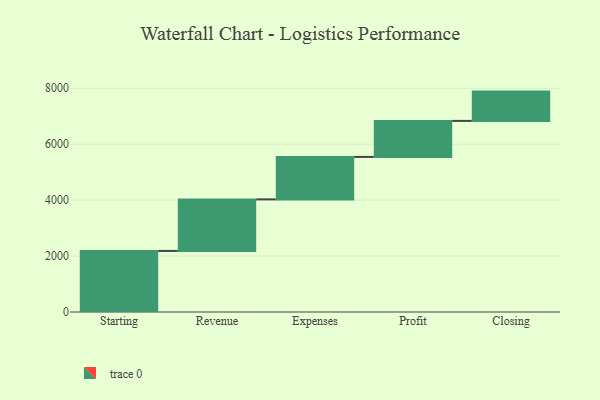
{"axis": {"x": "Step", "y": "Value"}, "legend": [""], "data": [{"x": "Starting", "y": 2184.0, "type": ""}, {"x": "Revenue", "y": 1843.0, "type": ""}, {"x": "Expenses", "y": 1518.0, "type": ""}, {"x": "Profit", "y": 1288.0, "type": ""}, {"x": "Closing", "y": 1048.0, "type": ""}]}